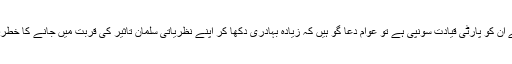
زرداری صاحب نے ان کو پارٹی قیادت سونپی ہے تو عوام دعا گو ہیں کہ زیادہ بہادری دکھا کر اپنے نظریاتی سلمان تاثیر کی قربت میں جانے کا خطرہ مول نہیں لیں گے۔